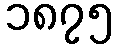
၁၈၇၅